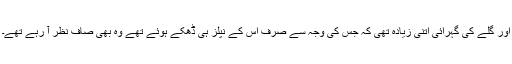
اور گلے کی گہرائی اتنی زیادہ تھی کہ جس کی وجہ سے صرف اس کے نپلز ہی ڈھکے ہوئے تھے وہ بھی صاف نظر آ رہے تھے۔